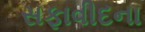
સફાવીદના